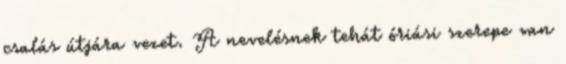
csalás útjára vezet. A nevelésnek tehát óriási szerepe van